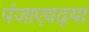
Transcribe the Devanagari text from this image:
पंजाएवढ्या